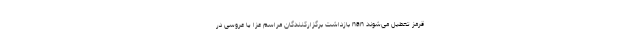
قرمز تعطیل می‌شوند nan بازداشت برگزارکنندگان مراسم عزا یا عروسی در